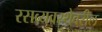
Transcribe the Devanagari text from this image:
रसव्यवस्थेवरील